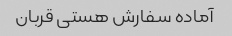
آماده سفارش هستی قربان